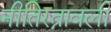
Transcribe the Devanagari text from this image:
नीतिरत्नावली